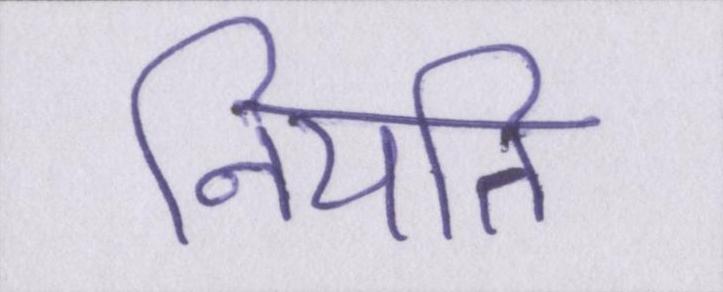
नियति